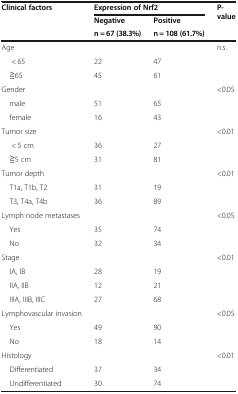
<table><thead><tr><td rowspan="3"><b>Clinical factors</b></td><td colspan="2"><b>Expression of Nrf2</b></td><td rowspan="3"><b>P- value</b></td></tr><tr><td><b>Negative</b></td><td><b>Positive</b></td></tr><tr><td><b>n = 67 (38.3%)</b></td><td><b>n = 108 (61.7%)</b></td></tr></thead><tbody><tr><td>Age</td><td></td><td></td><td rowspan="3">n.s.</td></tr><tr><td>&lt; 65</td><td>22</td><td>47</td></tr><tr><td> ≧65</td><td>45</td><td>61</td></tr><tr><td>Gender</td><td></td><td></td><td rowspan="3">&lt;0.05</td></tr><tr><td> male</td><td>51</td><td>65</td></tr><tr><td> female</td><td>16</td><td>43</td></tr><tr><td>Tumor size</td><td></td><td></td><td rowspan="3">&lt;0.01</td></tr><tr><td>&lt; 5 cm</td><td>36</td><td>27</td></tr><tr><td> ≧5 cm</td><td>31</td><td>81</td></tr><tr><td>Tumor depth</td><td></td><td></td><td rowspan="3">&lt;0.01</td></tr><tr><td> T1a, T1b, T2</td><td>31</td><td>19</td></tr><tr><td> T3, T4a, T4b</td><td>36</td><td>89</td></tr><tr><td>Lymph node metastases</td><td></td><td></td><td rowspan="3">&lt;0.05</td></tr><tr><td> Yes</td><td>35</td><td>74</td></tr><tr><td> No</td><td>32</td><td>34</td></tr><tr><td>Stage</td><td></td><td></td><td rowspan="4">&lt;0.01</td></tr><tr><td> IA, IB</td><td>28</td><td>19</td></tr><tr><td> IIA, IIB</td><td>12</td><td>21</td></tr><tr><td> IIIA, IIIB, IIIC</td><td>27</td><td>68</td></tr><tr><td>Lymphovascular invasion</td><td></td><td></td><td rowspan="3">&lt;0.05</td></tr><tr><td> Yes</td><td>49</td><td>90</td></tr><tr><td> No</td><td>18</td><td>14</td></tr><tr><td>Histology</td><td></td><td></td><td rowspan="3">&lt;0.01</td></tr><tr><td> Differentiated</td><td>37</td><td>34</td></tr><tr><td> Undifferentiated</td><td>30</td><td>74</td></tr></tbody></table>